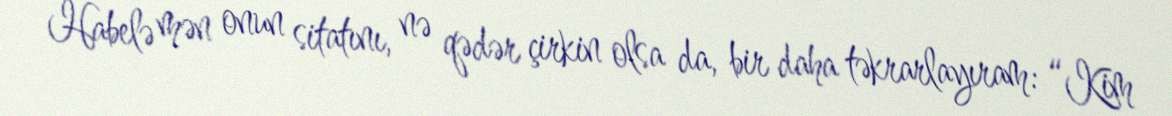
Habelə mən onun sitatını, nə qədər çirkin olsa da, bir daha təkrarlayıram: “Kim